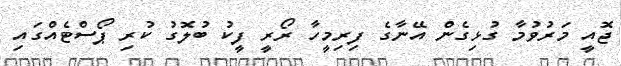
ޖޮއީ މަރުވުމާ ގުޅިގެން އޭނާގެ ފިރިމީހާ ރޯރީ ފީކު ބުލޮގު ކުރި ޕޯސްޓެއްގައި